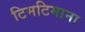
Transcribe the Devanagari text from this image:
टिमटिमाना